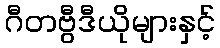
ဂီတဗွီဒီယိုများနှင့်